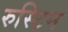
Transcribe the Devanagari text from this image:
रुस्टिन